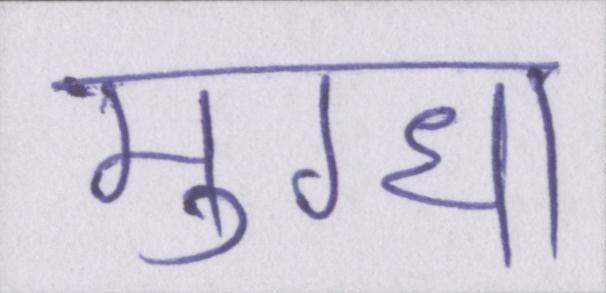
मुग्धा